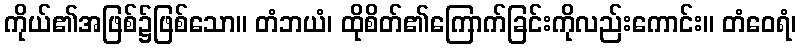
ကိုယ်၏အဖြစ်၌ဖြစ်သော။ တံဘယံ၊ ထိုစိတ်၏ကြောက်ခြင်းကိုလည်းကောင်း။ တံဝေရံ၊